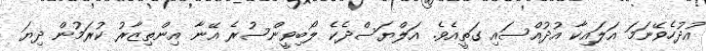
އުދުހެވޭނަމަ އަލައިކާ އުދުއްސައި ގަތީއެވެ. އަލްޔަސްދެކެ ލޯބިވީންސުރެ އޭނާ އިންތިޒާރު ކުރަމުން ދިޔަ